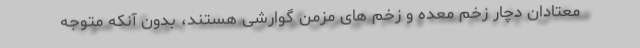
معتادان دچار زخم معده و زخم های مزمن گوارشی هستند، بدون آنکه متوجه